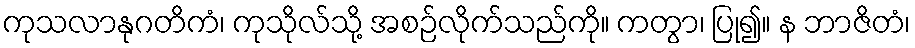
ကုသလာနုဂတိကံ၊ ကုသိုလ်သို့ အစဉ်လိုက်သည်ကို။ ကတွာ၊ ပြု၍။ န ဘာဇိတံ၊